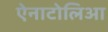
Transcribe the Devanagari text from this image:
ऐनाटोलिआ